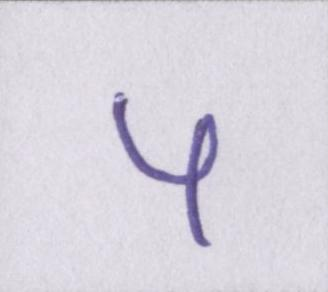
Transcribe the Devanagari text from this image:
५